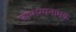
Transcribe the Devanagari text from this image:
जामास्पनामक